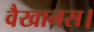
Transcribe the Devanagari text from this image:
वैखानस।